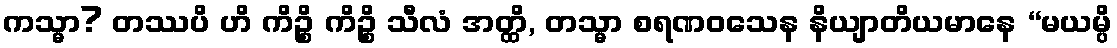
ကသ္မာ? တဿပိ ဟိ ကိဉ္စိ ကိဉ္စိ သီလံ အတ္ထိ, တသ္မာ စရဏဝသေန နိယျာတိယမာနေ “မယမ္ပိ